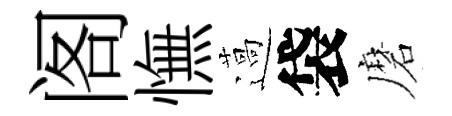
阁憮薖袋磨